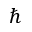
\hbar